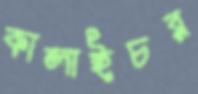
কালাইচর